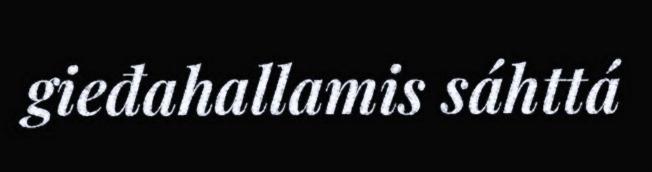
gieđahallamis sáhttá